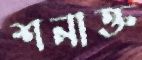
শনাক্ত